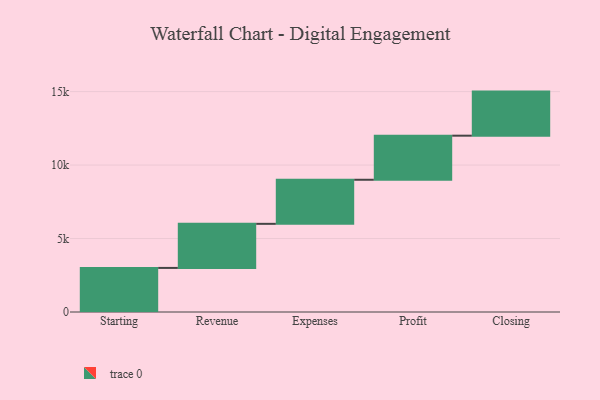
{"axis": {"x": "Step", "y": "Value"}, "legend": [""], "data": [{"x": "Starting", "y": 3000, "type": ""}, {"x": "Revenue", "y": 3000, "type": ""}, {"x": "Expenses", "y": 3000, "type": ""}, {"x": "Profit", "y": 3000, "type": ""}, {"x": "Closing", "y": 3000, "type": ""}]}